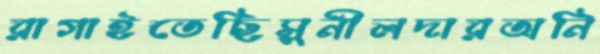
রাগাইতেছিসুনীলদারঅনি